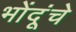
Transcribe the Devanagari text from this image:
भोंदूंचे